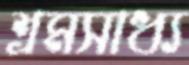
শ্রমসাধ্য